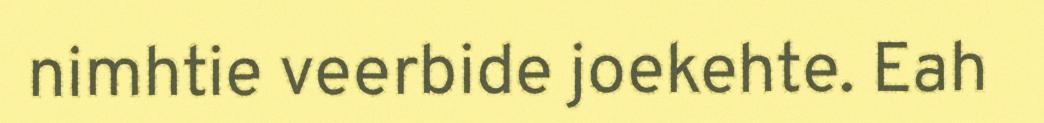
nimhtie veerbide joekehte. Eah